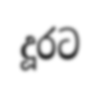
දූරට